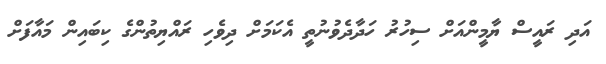
އަދި ރައީސް ޔާމީންއަށް ސިހުރު ހަދާދެވުނުތީ އެކަމަށް ދިވެހި ރައްޔިތުންގެ ކިބައިން މައާފަށް